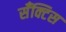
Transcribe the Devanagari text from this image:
सँक्टिस